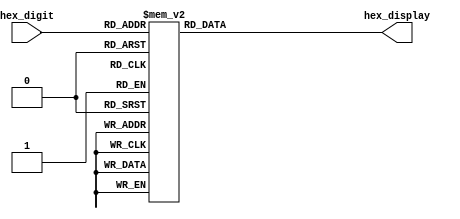
/*
Filename:    seven_segment_driver_aep227.v
Author:      Addison Powell
Date:        October 23, 2019
Version:     1
Description: A simple 7-segment driver 
*/

module seven_segment_driver_aep227(hex_digit, hex_display);
   input  [3:0] hex_digit; //Unsigned binary value
   output [6:0] hex_display;
   reg	  [6:0] hex_display;

    always@(hex_digit) begin
        case(hex_digit)
            4'd0: hex_display = 7'b1000000;
            4'd1: hex_display = 7'b1111001;
            4'd2: hex_display = 7'b0100100;
            4'd3: hex_display = 7'b0110000;
            4'd4: hex_display = 7'b0011001;
            4'd5: hex_display = 7'b0010010;
            4'd6: hex_display = 7'b0000010;
            4'd7: hex_display = 7'b1111000;
            4'd8: hex_display = 7'b0000000;
            4'd9: hex_display = 7'b0010000;
            4'd10: hex_display = 7'b0001000;
            4'd11: hex_display = 7'b0000011;
            4'd12: hex_display = 7'b1000110;
            4'd13: hex_display = 7'b0100001;
            4'd14: hex_display = 7'b0000110;
            4'd15: hex_display = 7'b0001110;
            default: hex_display = 7'bxxxxxxx;
        endcase
    end

endmodule